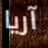
آريا